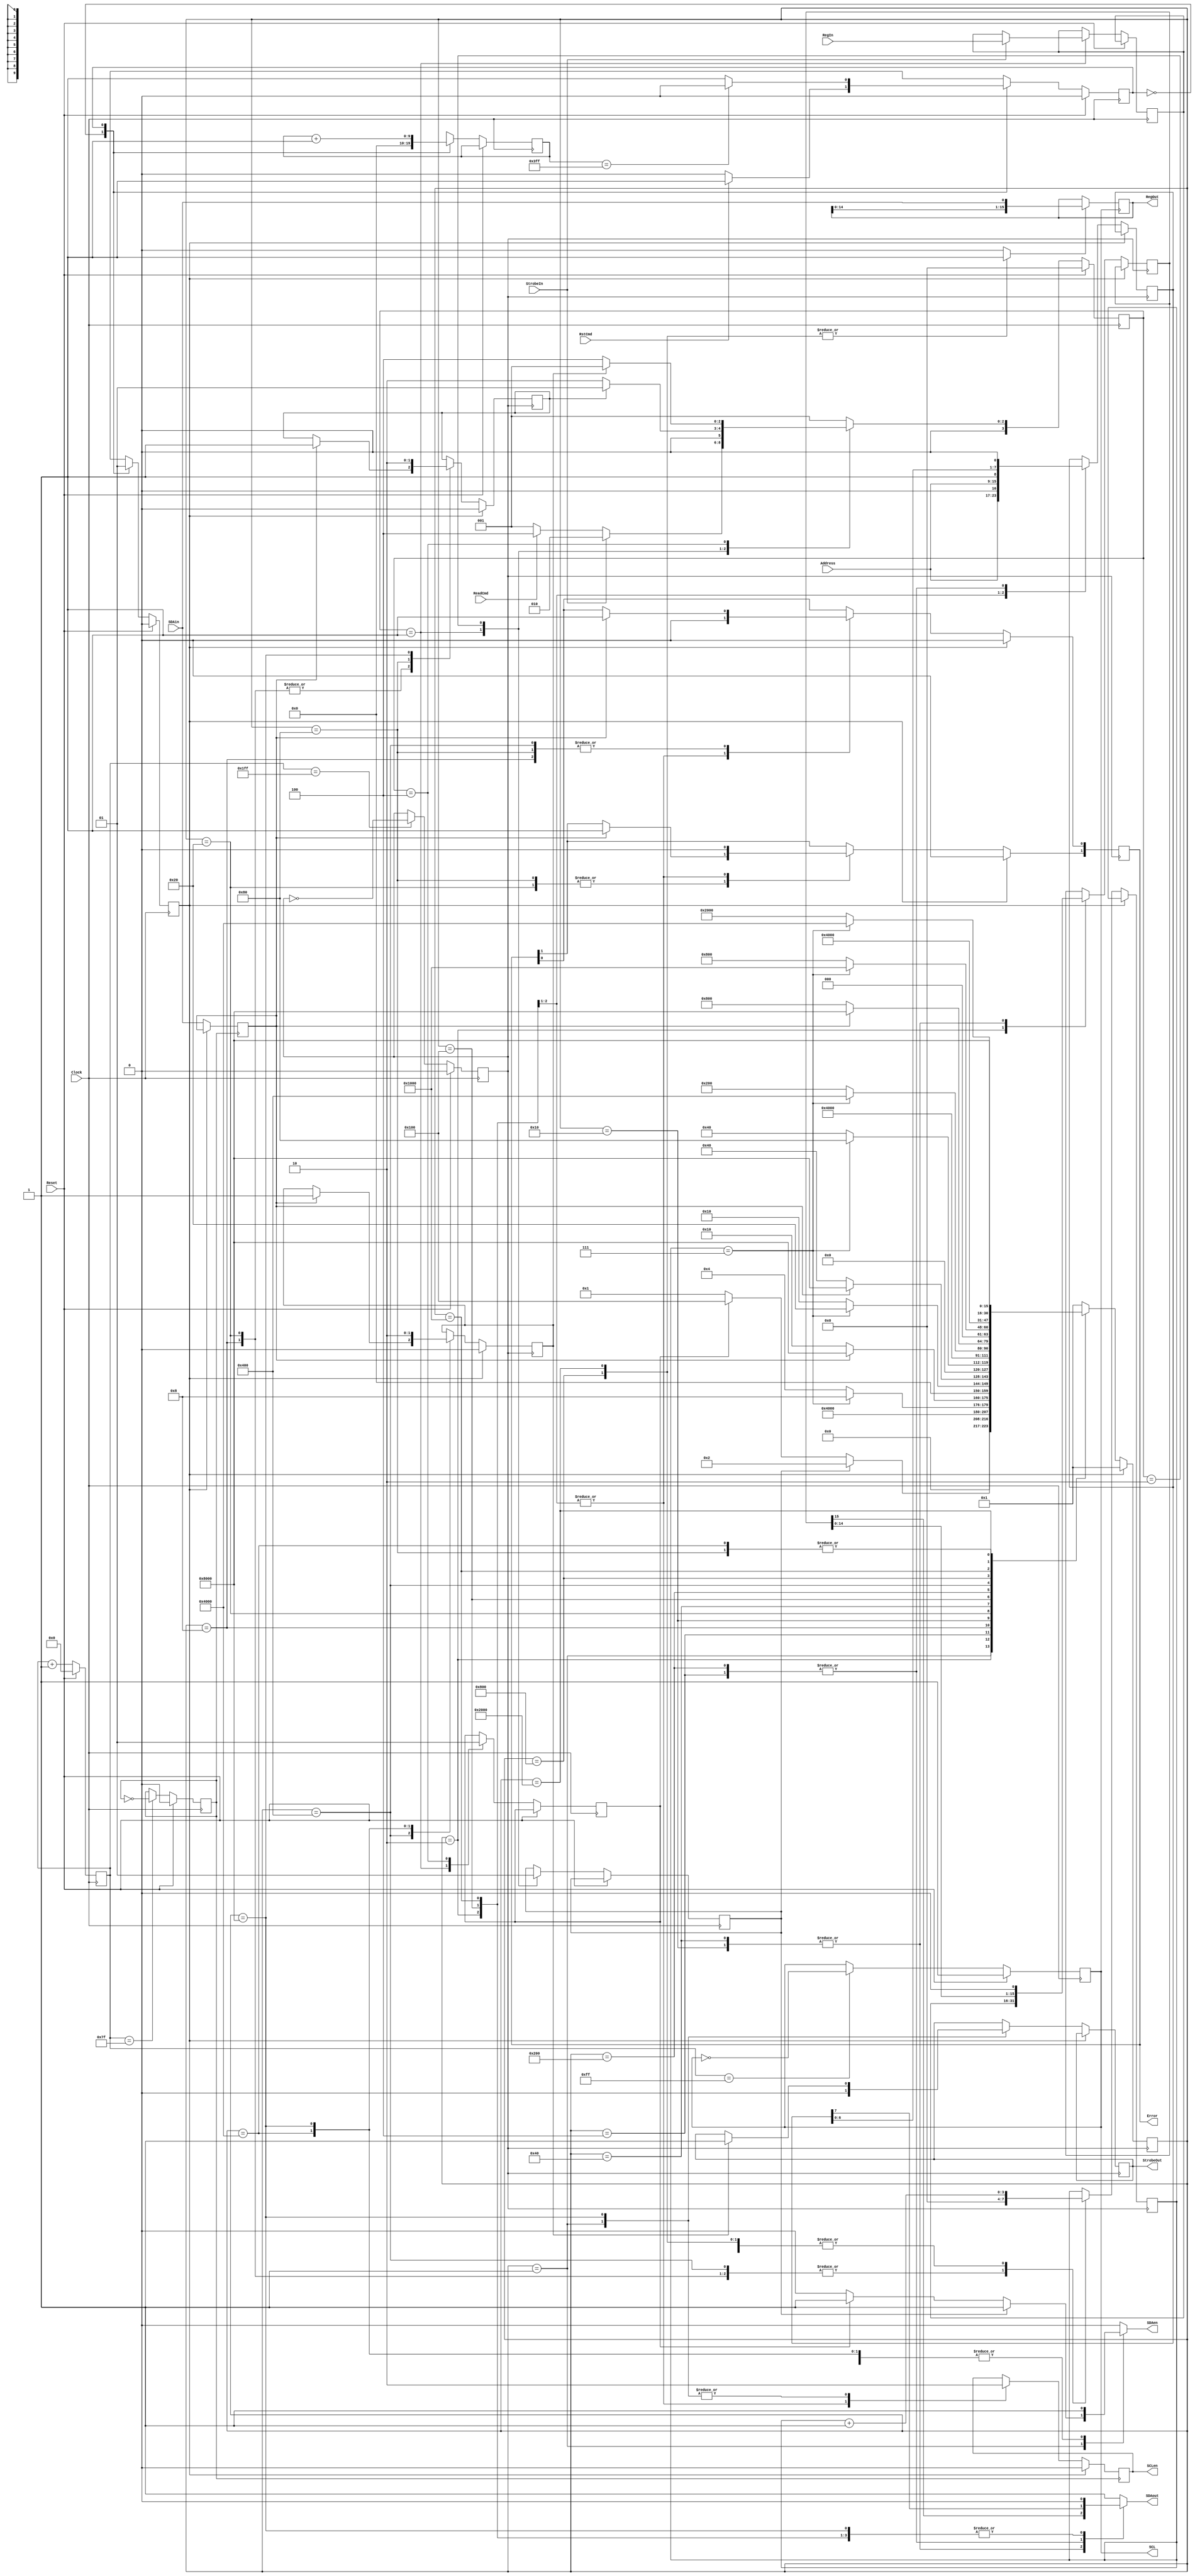
//FPGA code to load the register for the dac101c081 on the energy digitizer board.
//The tri-state buffers for the i2c signals are at the I/O ports of the FPGA.
//Here the incoming and outgoing signals are kept separated.
//This routine assumes that the FPGA operates at 100 MHz.  The i2c clock is
//derived by dividing down by 1024.
//R. Johnson,  February 2013
//July 23, 2013:  changed so that incoming SDA data is latched on the rising edge of SCL instead of SlowClk2
//August 7, 2013: wait 1 more clock cycle to lower SDA at start, and adjust SlowClk2
module LoadDAC(Error,RegOut,StrobeOut,SCL,SCLen,SDAout,SDAen,SDAin,RegIn,Address,StrobeIn,ReadCmd,Clock,RstCmd,Reset);
input Clock;			//Fast (100 MHz) clock from the FPGA
input Reset;			//Reset pulse one clock in length
input RstCmd;			//Pulse to reset the I2C state 
input [6:0] Address;	//i2c address of the DAC chip
output SCL;				//i2c master clock (100 kHz)
output SCLen;			//enable for the SCL output
output SDAout;			//i2c SDA output signal
output SDAen;			//Enable for SDA output tri-state buffer
input SDAin;			//i2c SDA data coming from the DAC
input [15:0] RegIn;		//Input setting for the DAC register from the DAQ
output [15:0] RegOut;	//Output DAC register contents back to the DAQ
input StrobeIn;			//Signal that RegIn is valid and needs to be sent to the DAC
input ReadCmd;			//Signal to read the DAC register contents and load into RegOut;
output StrobeOut;		//Signal that RegOut is valid and can be picked up by the DAQ
output [1:0] Error;		//Error flag:  1= failure to acknowledge address
						//             2= failure to acknowledge first byte
						//             3= failure to acknowledge second byte

reg [15:0] RegOut;
reg SCL, SCLen;
reg SDAout, SDAen;
reg StrobeOut;
reg StrtRead;
reg [8:0] CntClk;
reg [3:0] CntBit;
reg [15:0] RegLatch;
reg [1:0] Error;

reg SlowClk, SlowClk2;
reg StrtSnd, DoneSnd, DoneRead;
reg [15:0] DACreg;		//DAC register contents to shift out to the DAC

reg StateR, NextStateR;
reg [9:0] CntR;
reg ResetI2C;

//State machine to generate a long reset pulse for the i2c state machine.
//This synchronous reset needs to be high a full period of the slow i2c clock.
always @ (StateR or RstCmd or CntR) begin
	case (StateR)
		1'b0:	begin
					if (RstCmd) NextStateR = 1'b1;
					else NextStateR = 1'b0;
				end
		1'b1:	begin
					if (CntR == 1023) NextStateR = 1'b0;
					else NextStateR = 1'b1;
				end
	endcase
end

always @ (posedge Clock) begin
	if (Reset) begin
		ResetI2C <= 1'b0;
		StateR <= 1'b0;
	end else begin
		StateR <= NextStateR;
		case (StateR)
			1'b0:	begin
						CntR <= 0;
						ResetI2C <= 1'b0;
					end
			1'b1:	begin
						if (CntR == 0) $display("%g\t LoadDAC:  sending Reset pulse to the i2c state machine.",$time);
						CntR <= CntR + 1;
						ResetI2C <= 1'b1;
					end
		endcase
	end
end

//Fast interface state machine.  Here we grab the signals and data from the
//FPGA program, which is running at 100 MHz.  This machine also generates
//the slow clocks needed to implement the i2c communication.
parameter [3:0] WaitF = 4'b0001;
parameter [3:0] SendF = 4'b0010;
parameter [3:0] ReadF = 4'b0100;

reg [3:0] StateF, NextStateF;

always @ (StateF or StrobeIn or ReadCmd or DoneSnd or DoneRead) begin
	case (StateF)
		WaitF:	begin
					if (StrobeIn) NextStateF = SendF;
					else if (ReadCmd) NextStateF = ReadF;
					else NextStateF = WaitF;
				end
		SendF: 	begin
					if (DoneSnd) NextStateF = WaitF;
					else NextStateF = SendF;
				end
		ReadF:	begin
					if (DoneRead) NextStateF = WaitF;
					else NextStateF = ReadF;
				end
		default: NextStateF = WaitF;
	endcase
end

always @ (posedge Clock) begin
	if (Reset) begin
		SlowClk <= 1'b0;
		SlowClk2 <= 1'b0;
		SCL <= 1'b1;
		StateF <= 1'b0;
		CntClk <= 0;
	end else begin
		StateF <= NextStateF;
		CntClk <= CntClk + 1;
		if (CntClk == 511) SlowClk <= ~SlowClk;		//Clock to control i2c data transitions
		if (CntClk == 255) SCL <= ~SCL;             //SCL 180 degrees out of phase w.r.t. data transitions
													//SCL is the i2c "clock".  SDA "data" transitions must only
													//occur while SCL is low, except for start and stop signals.
		if (CntClk == 127) SlowClk2 <= ~SlowClk2;   //Another phased clock, used to enable and disable SCL at the
													//correct times.
		case (StateF)
			WaitF:	begin
						StrtSnd <= 1'b0;
						StrtRead <= 1'b0;
						if (StrobeIn) begin
							RegLatch <= RegIn;
							$display("%g\t LoadDAC:  inputing register data %b",$time,RegIn);
						end
						if (ReadCmd) $display("%g\t LoadDAC:  read command received.",$time);
					end
			SendF:	begin
						StrtSnd <= 1'b1;    //Initiate loading a register over i2c.
					end
			ReadF:	begin
						StrtRead <= 1'b1;   //Initiate reading of a register over i2c.
					end
		endcase
	end
end

//State machine with a slow i2c clock
parameter [15:0] Wait = 16'b0000000000000001;		//Wait for a StrtSnd or StrtRead signal
parameter [15:0] SndR = 16'b0000000000000010;		//Send register contents to the DAC
parameter [15:0] Addr = 16'b0000000000000100;		//Send the 7-bit i2c address plus write bit
parameter [15:0] Ack1 = 16'b0000000000001000;		//Look for acknowledge from the DAC
parameter [15:0] Byt1 = 16'b0000000000010000;		//Send 8 bits to the DAC
parameter [15:0] Ack2 = 16'b0000000000100000;		//Look for acknowledge from the DAC
parameter [15:0] Byt2 = 16'b0000000001000000;		//Send another 8 bits to the DAC
parameter [15:0] Ack3 = 16'b0000000010000000;		//Look for acknowledge from the DAC
parameter [15:0] RdRg = 16'b0000000100000000;		//Read register contents from the DAC
parameter [15:0] Add1 = 16'b0000001000000000;		//Send the 7 bit i2c address plus read bit
parameter [15:0] Ack4 = 16'b0000010000000000;		//Look for acknowledge from the DAC
parameter [15:0] Byt3 = 16'b0000100000000000;		//Receive 8 bits from the DAC
parameter [15:0] Ack5 = 16'b0001000000000000;		//Send an acknowledge to the DAC
parameter [15:0] Byt4 = 16'b0010000000000000;		//Receive another 8 bits from the DAC
parameter [15:0] Nack = 16'b0100000000000000;		//Send a NACK to the DAC
parameter [15:0] Endt = 16'b1000000000000000;		//Set the stop signal to the DAC

reg [15:0] State, NextState;
reg [7:0] AddrI2C;
reg [15:0] RegI2C;
reg ReadEn;
reg SDAinLat;

always @ (State or CntBit or StrtSnd or StrtRead or RegI2C or SlowClk or AddrI2C or SDAinLat) begin
	case (State)
		Wait:	begin
					ReadEn = 1'b0;
					SDAout = 1'b1;
					if (StrtSnd) begin
						NextState = SndR;
						SDAen = 1'b1;
					end else if (StrtRead) begin
						NextState = RdRg;
						SDAen = 1'b1;
					end else begin
						NextState = Wait;
						SDAen = 1'b0;
					end
				end
		SndR:	begin
					ReadEn = 1'b0;
					SDAout = 1'b0;	
					SDAen = 1'b1;
					NextState = Addr;
				end
		Addr:	begin
					ReadEn = 1'b0;
					SDAen = 1'b1;
					SDAout = AddrI2C[7];
					if (CntBit == 7) NextState = Ack1;
					else NextState = Addr;
				end
		Ack1:	begin
					ReadEn = 1'b0;
					SDAen = 1'b0;
					SDAout = 1'b1;
					if (SDAinLat) NextState = Endt;		//Failure of DAC to acknowledge
					else NextState = Byt1;
				end
		Byt1:	begin
					ReadEn = 1'b0;
					SDAen = 1'b1;
					SDAout = RegI2C[15];
					if (CntBit == 7) NextState = Ack2;
					else NextState = Byt1;
				end
		Ack2:	begin
					ReadEn = 1'b0;
					SDAen = 1'b0;
					SDAout = 1'b1;
					if (SDAinLat) NextState = Endt;
					else NextState = Byt2;
				end
		Byt2:	begin
					ReadEn = 1'b0;
					SDAen = 1'b1;
					SDAout = RegI2C[15];
					if (CntBit == 7) NextState = Ack3;
					else NextState = Byt2;
				end
		Ack3:	begin
					ReadEn = 1'b0;
					SDAen = 1'b0;
					SDAout = 1'b1;
					NextState = Endt;
				end
		RdRg:	begin		
					ReadEn = 1'b0;		
					SDAen = 1'b1;
					SDAout = 1'b0;
					NextState = Add1;
				end
		Add1:	begin
					ReadEn = 1'b0;
					SDAen = 1'b1;
					SDAout = AddrI2C[7];
					if (CntBit == 7) NextState = Ack4;
					else NextState = Add1;
				end
		Ack4:	begin
					ReadEn = 1'b0;
					SDAen = 1'b0;
					SDAout = 1'b1;
					if (SDAinLat) NextState = Endt;		//Failure of DAC to acknowledge
					else NextState = Byt3;
				end
		Byt3:	begin
					ReadEn = 1'b1;
					SDAen = 1'b0;
					SDAout = 1'b1;
					if (CntBit == 7) NextState = Ack5;
					else NextState = Byt3;	
				end
		Ack5:	begin
					ReadEn = 1'b0;
					SDAen = 1'b1;
					SDAout = 1'b0;
					NextState = Byt4;
				end
		Byt4:	begin
					SDAen = 1'b0;
					SDAout = 1'b1;
					ReadEn = 1'b1;
					if (CntBit == 7) begin
						NextState = Nack;
					end else begin
						NextState = Byt4;
					end
				end
		Nack:	begin
					ReadEn = 1'b0;
					SDAen = 1'b1;
					SDAout = 1'b1;
					NextState = Endt;
				end
		Endt:	begin
					ReadEn = 1'b0;
					SDAen = 1'b1;
					NextState = Wait;
					SDAout = 1'b0;
				end
		default: begin
					ReadEn = 1'b0;
					SDAen = 1'b0;
					SDAout = 1'b1;
					NextState = Wait;
				 end
	endcase
end

reg SDAprt, SCLprt;
always @ (SDAout or SDAen) begin
	if (SDAen) SDAprt = SDAout;
	else SDAprt = 1'b1;
end
always @ (SCL or SCLen) begin
	if (SCLen) SCLprt = SCL;
	else SCLprt = 1'b1;
end
initial begin
//	$display("                Time       State      SlowClk SCL SCLen SDAin SDAout SDAen ReadEn DoneSnd DoneRead CntBit   AddrI2C    RegI2C    StrtSnd    RegOut");
//	$monitor($time,"  %b   %b      %b    %b    %b     %b      %b      %b      %b       %b       %d    %b %b %b %b",State,SlowClk,SCLprt,SCLen,SDAin,SDAprt,SDAen,ReadEn,DoneSnd,DoneRead,CntBit,AddrI2C,RegI2C,StrtSnd,RegOut);
end

always @ (posedge SCL) begin
		if (ReadEn) RegOut <= {RegOut[14:0],SDAin};  //Shift in the register data
end

//Use the rising edge of SlowClk2 to control the enable and disable of SCL,
//in order to get the correct i2c start and stop conditions.  Note that SCL
//and SDA cannot transition at the same time, hence the need for the phase
//difference between SlowClk and SlowClk2.
always @ (posedge SlowClk2) begin
	if (ResetI2C) begin
		SCLen <= 1'b0;
	end else begin
		SDAinLat <= SDAin;    //Grab and hold the acknowledge signal long enough for it to be viewed
		case (State)
			Wait:	begin
						SCLen <= 1'b0;
					end
			SndR:	begin
						SCLen <= 1'b1;
					end
			RdRg:	begin
						SCLen <= 1'b1;
					end
			Endt:	begin
						SCLen <= 1'b0;
					end
		endcase
	end
end

//The rising edge of SlowClk controls all of the SDA data transitions.
always @ (posedge SlowClk) begin
	if (ResetI2C) begin
		State <= Wait;
		DoneSnd <= 1'b0;
		DoneRead <= 1'b0;
		Error <= 0;
	end else begin
		State <= NextState;
		case (State) 
			Wait:	begin
						StrobeOut <= 1'b0;
					end
			SndR:	begin
						CntBit <= 0;
						AddrI2C <= {Address,1'b0};   //Address plus write bit
						RegI2C <= RegLatch;
						Error <= 0;
					end
			Addr:	begin
						CntBit <= CntBit + 1;
						AddrI2C <= {AddrI2C[6:0],1'b0};
					end
			Ack1:	begin
						CntBit <= 0;
						if (SDAinLat) begin
							DoneSnd <= 1'b1;
							Error[0] <= 1'b1;
						end
					end
			Byt1:	begin
						CntBit <= CntBit + 1;
						RegI2C <= {RegI2C[14:0],1'b0};
					end
			Ack2:	begin
						CntBit <= 0;
						if (SDAinLat) begin
							DoneSnd <= 1'b1;
							Error[1] <= 1'b1;
						end
					end
			Byt2:	begin
						CntBit <= CntBit + 1;
						RegI2C <= {RegI2C[14:0],1'b0};
					end
			Ack3:	begin
						DoneSnd <= 1'b1;
						if (SDAinLat) Error <= 2'b11;
					end
			RdRg:	begin
						CntBit <= 0;
						AddrI2C <= {Address,1'b1};   //Address plus read bit
						Error <= 0;
					end
			Add1:	begin
						CntBit <= CntBit + 1;
						AddrI2C <= {AddrI2C[6:0],1'b0};
					end
			Ack4:	begin
						CntBit <= 0;
						if (SDAinLat) begin
							DoneRead <= 1'b1;
							Error[0] <= 1'b1;
						end
					end
			Byt3:	begin
						CntBit <= CntBit + 1;
					end
			Ack5:	begin
						CntBit <= 1'b0;
					end
			Byt4:	begin
						CntBit <= CntBit + 1;
					end
			Nack:	begin
						DoneRead <= 1'b1;
					end
			Endt:	begin
						DoneSnd <= 1'b0;
						DoneRead <= 1'b0;
						if (DoneRead) StrobeOut <= 1'b1;
					end
		endcase
	end
end

endmodule